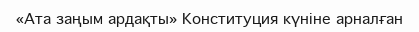
«Ата заңым ардақты» Конституция күніне арналған